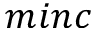
m i n c